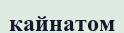
кайнатом